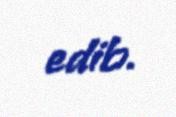
edib.